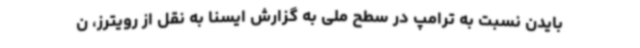
بایدن نسبت به ترامپ در سطح ملی به گزارش ایسنا به نقل از رویترز، ن